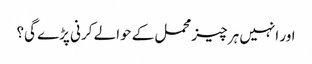
اور انہیں ہر چیز محمل کے حوالے کرنی پڑے گی؟